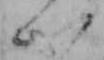
い